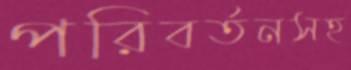
পরিবর্তনসহ